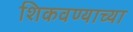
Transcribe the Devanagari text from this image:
शिकवण्याच्या